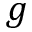
g